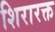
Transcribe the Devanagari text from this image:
शिरारक्त